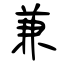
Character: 兼